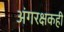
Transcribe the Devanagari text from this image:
अंगरक्षकही